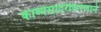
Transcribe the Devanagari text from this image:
काव्यसादरीकरणाने